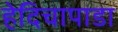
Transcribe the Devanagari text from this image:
हेदिचापाडा